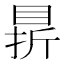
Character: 䁀